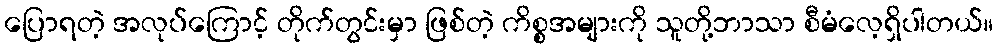
ပြောရတဲ့ အလုပ်ကြောင့် တိုက်တွင်းမှာ ဖြစ်တဲ့ ကိစ္စအများကို သူတို့ဘာသာ စီမံလေ့ရှိပါတယ်။